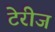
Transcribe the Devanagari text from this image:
टेरीज